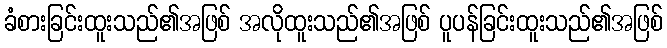
ခံစားခြင်းထူးသည်၏အဖြစ် အလိုထူးသည်၏အဖြစ် ပူပန်ခြင်းထူးသည်၏အဖြစ်